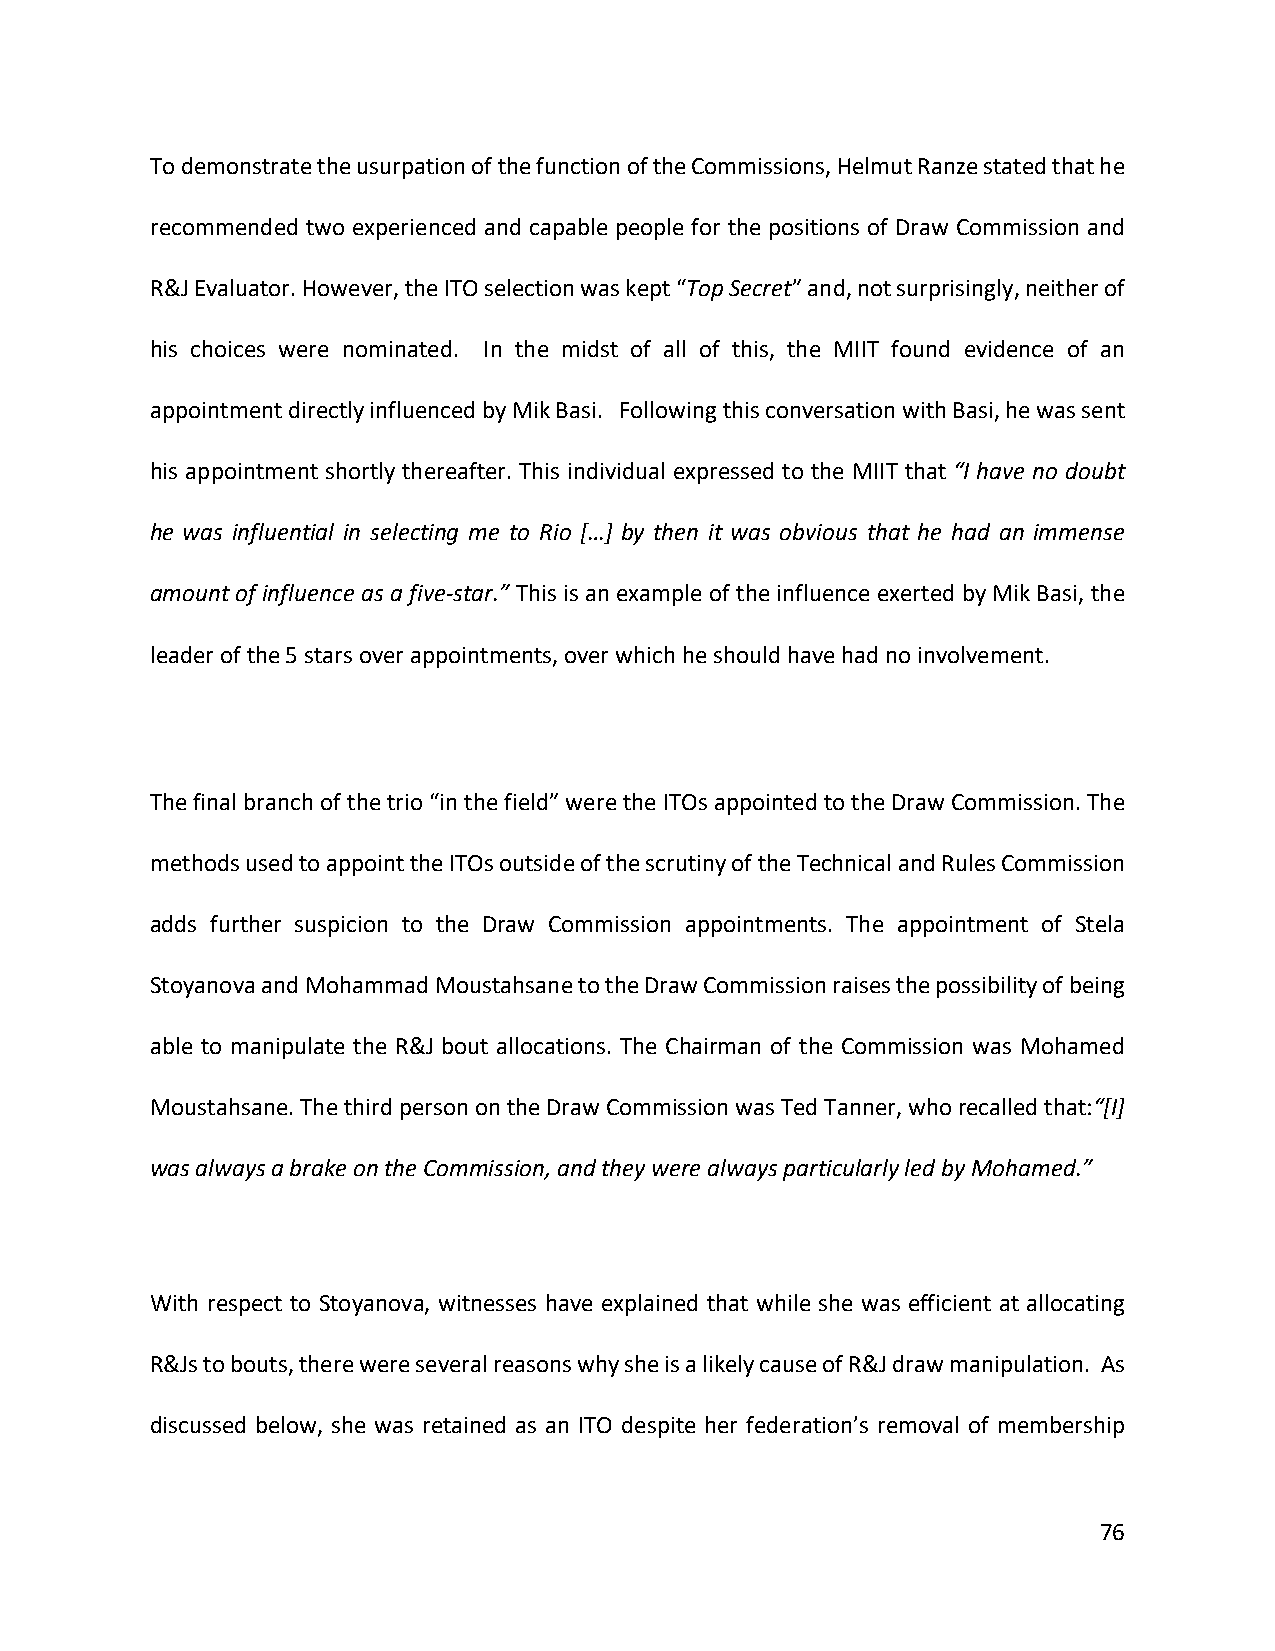
To demonstrate the usurpation of the function of the Commissions, Helmut Ranze stated that he
 recommended two experienced and capable people for the positions of Draw Commission and
 R&J Evaluator. However, the ITO selection was kept “Top Secret” and, not surprisingly, neither of
 his choices were nominated. In the midst of all of this, the MIIT found evidence of an
 appointment directly influenced by Mik Basi. Following this conversation with Basi, he was sent
 his appointment shortly thereafter. This individual expressed to the MIIT that “I have no doubt
 he was influential in selecting me to Rio […] by then it was obvious that he had an immense
 amount of influence as a five-star.” This is an example of the influence exerted by Mik Basi, the
 leader of the 5 stars over appointments, over which he should have had no involvement.
 The final branch of the trio “in the field” were the ITOs appointed to the Draw Commission. The
 methods used to appoint the ITOs outside of the scrutiny of the Technical and Rules Commission
 adds further suspicion to the Draw Commission appointments. The appointment of Stela
 Stoyanova and Mohammad Moustahsane to the Draw Commission raises the possibility of being
 able to manipulate the R&J bout allocations. The Chairman of the Commission was Mohamed
 Moustahsane. The third person on the Draw Commission was Ted Tanner, who recalled that:“[I]
 was always a brake on the Commission, and they were always particularly led by Mohamed.”
 With respect to Stoyanova, witnesses have explained that while she was efficient at allocating
 R&Js to bouts, there were several reasons why she is a likely cause of R&J draw manipulation. As
 discussed below, she was retained as an ITO despite her federation’s removal of membership
 76